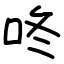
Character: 咚